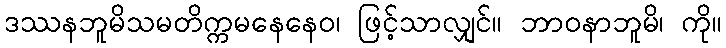
ဒဿနဘူမိသမတိက္ကမနေနေဝ၊ ဖြင့်သာလျှင်။ ဘာဝနာဘူမိ၊ ကို။